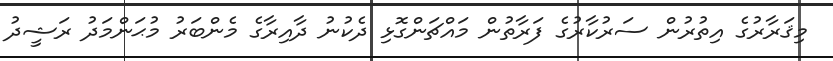
މިޤަރާރުގެ އިތުރުން ސަރުކާރުގެ ފަރާތުން މައްޗަންގޮޅި ދެކުނު ދާއިރާގެ މެންބަރު މުޙަންމަދު ރަޝީދު